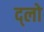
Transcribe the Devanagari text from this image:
द्लो